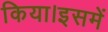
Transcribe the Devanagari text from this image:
किया।इसमें